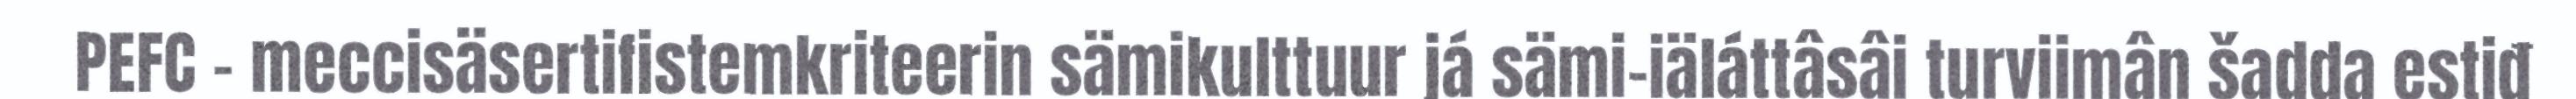
PEFC - meccisäsertifistemkriteerin sämikulttuur já sämi-iäláttâsâi turviimân šadda estiđ